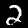
Digit: 2